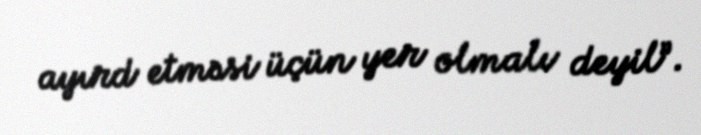
ayırd etməsi üçün yer olmalı deyil”.